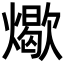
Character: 𬋏